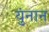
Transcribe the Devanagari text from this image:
युंनान